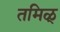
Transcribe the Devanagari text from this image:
तमिळ्